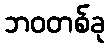
ဘဝတစ်ခု